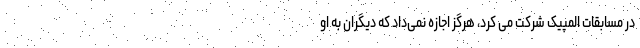
در مسابقات المپیک شرکت می کرد، هرگز اجازه نمی‌داد که دیگران به او